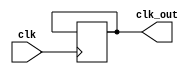
module FrequencySynthesizer(
    input wire clk,
    output reg clk_out
);

reg [3:0] count;
reg [11:0] divisor = 4095; // for dividing by 4096

always @(posedge clk) begin
    count <= count + 1;
    if(count == divisor) begin
        count <= 0;
        clk_out <= ~clk_out;
    end
end

endmodule